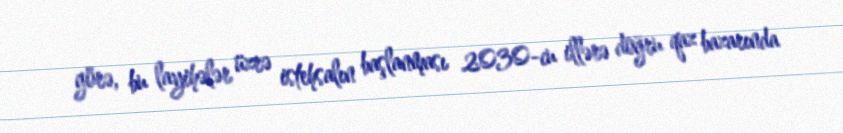
görə, bu layihələr üzrə istehsalın başlanması 2030-cu illərə doğru qaz bazarında